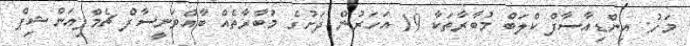
މަހު: އިންޑިއާސާފް ކްލަބް މުބާރާތަކާ 19 އަހަރުން ދަށުގެ މުބާރާތެއް ބާއްވަނީސާފް ޗެމްޕިއަންޝިޕް